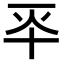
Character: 𠦓